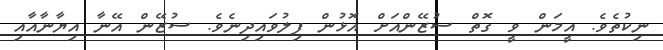
ނިކުތެވެ. އީމަން ވީ ގޮތް ސުޒޭންއަށް އޮޅުން ފިލުވައިދިނެވެ. ސުޒޭން އޭނާ އިޔާނާއާއި